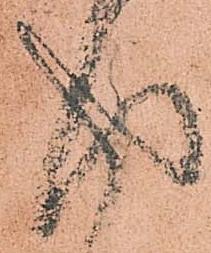
得